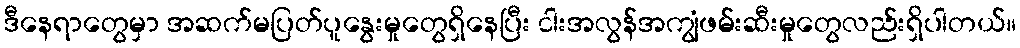
ဒီနေရာတွေမှာ အဆက်မပြတ်ပူနွေးမှုတွေရှိနေပြီး ငါးအလွန်အကျွံဖမ်းဆီးမှုတွေလည်းရှိပါတယ်။